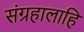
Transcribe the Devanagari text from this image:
संग्रहालाहि